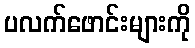
ပလက်ဖောင်းများကို